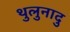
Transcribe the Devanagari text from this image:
थुलुनादु